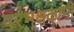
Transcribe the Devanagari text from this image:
परभक्षकांनी